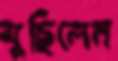
মুছিলেন